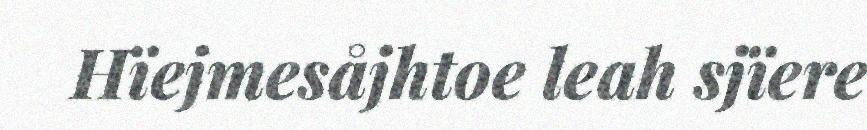
Hïejmesåjhtoe leah sjïere